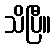
သိပြီ။